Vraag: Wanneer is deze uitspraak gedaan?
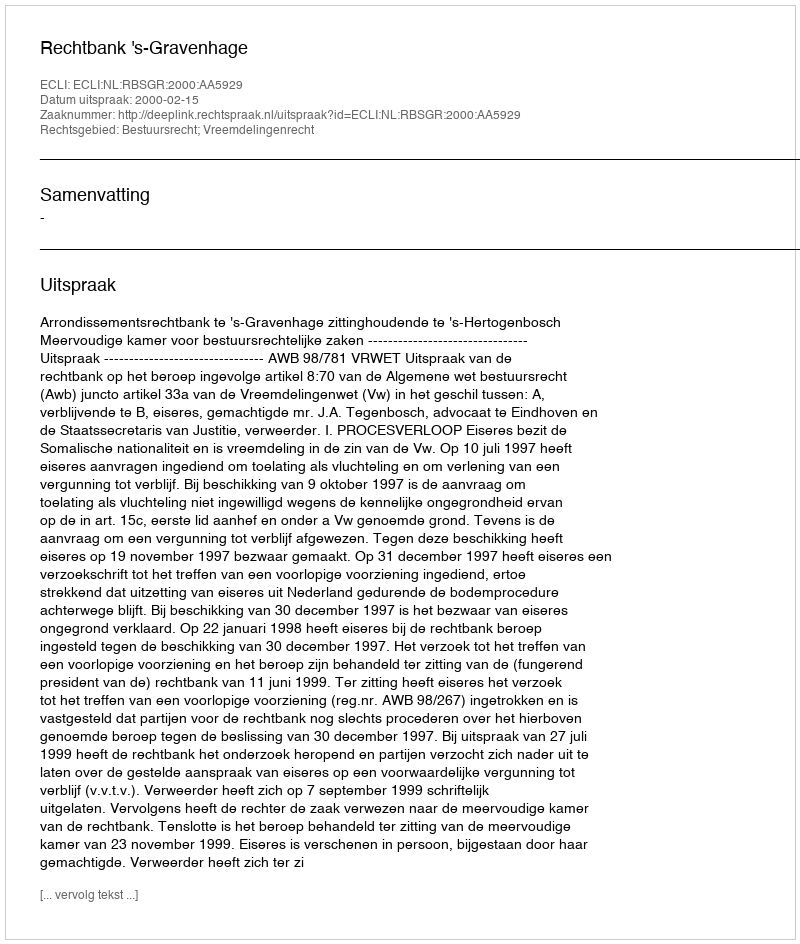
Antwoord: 2000-02-15